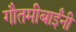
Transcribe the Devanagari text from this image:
गौतमीबाईंनी